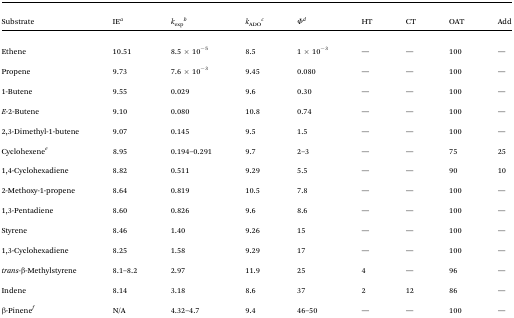
<table><thead><tr><td><b> Substrate </b></td><td><b> IE<sup><i>a</i></sup></b></td><td><b><i>k</i><sub>exp</sub><sup><i>b</i></sup></b></td><td><b><i>k</i><sub>ADO</sub><sup><i>c</i></sup></b></td><td><b><i>Φ</i><sup><i>d</i></sup></b></td><td><b> HT </b></td><td><b> CT </b></td><td><b> OAT </b></td><td><b> Add </b></td></tr></thead><tbody><tr><td> Ethene </td><td> 10.51 </td><td> 8.5 × 10<sup>–5</sup></td><td> 8.5 </td><td> 1 × 10<sup>–3</sup></td><td> — </td><td> — </td><td> 100 </td><td> — </td></tr><tr><td> Propene </td><td> 9.73 </td><td> 7.6 × 10<sup>–3</sup></td><td> 9.45 </td><td> 0.080 </td><td> — </td><td> — </td><td> 100 </td><td> — </td></tr><tr><td> 1-Butene </td><td> 9.55 </td><td> 0.029 </td><td> 9.6 </td><td> 0.30 </td><td> — </td><td> — </td><td> 100 </td><td> — </td></tr><tr><td><i>E</i>-2-Butene </td><td> 9.10 </td><td> 0.080 </td><td> 10.8 </td><td> 0.74 </td><td> — </td><td> — </td><td> 100 </td><td> — </td></tr><tr><td> 2,3-Dimethyl-1-butene </td><td> 9.07 </td><td> 0.145 </td><td> 9.5 </td><td> 1.5 </td><td> — </td><td> — </td><td> 100 </td><td> — </td></tr><tr><td> Cyclohexene<sup><i>e</i></sup></td><td> 8.95 </td><td> 0.194–0.291 </td><td> 9.7 </td><td> 2–3 </td><td> — </td><td> — </td><td> 75 </td><td> 25 </td></tr><tr><td> 1,4-Cyclohexadiene </td><td> 8.82 </td><td> 0.511 </td><td> 9.29 </td><td> 5.5 </td><td> — </td><td> — </td><td> 90 </td><td> 10 </td></tr><tr><td> 2-Methoxy-1-propene </td><td> 8.64 </td><td> 0.819 </td><td> 10.5 </td><td> 7.8 </td><td> — </td><td> — </td><td> 100 </td><td> — </td></tr><tr><td> 1,3-Pentadiene </td><td> 8.60 </td><td> 0.826 </td><td> 9.6 </td><td> 8.6 </td><td> — </td><td> — </td><td> 100 </td><td> — </td></tr><tr><td> Styrene </td><td> 8.46 </td><td> 1.40 </td><td> 9.26 </td><td> 15 </td><td> — </td><td> — </td><td> 100 </td><td> — </td></tr><tr><td> 1,3-Cyclohexadiene </td><td> 8.25 </td><td> 1.58 </td><td> 9.29 </td><td> 17 </td><td> — </td><td> — </td><td> 100 </td><td> — </td></tr><tr><td><i>trans</i>-β-Methylstyrene </td><td> 8.1–8.2 </td><td> 2.97 </td><td> 11.9 </td><td> 25 </td><td> 4 </td><td> — </td><td> 96 </td><td> — </td></tr><tr><td> Indene </td><td> 8.14 </td><td> 3.18 </td><td> 8.6 </td><td> 37 </td><td> 2 </td><td> 12 </td><td> 86 </td><td> — </td></tr><tr><td> β-Pinene<sup><i>f</i></sup></td><td> N/A </td><td> 4.32–4.7 </td><td> 9.4 </td><td> 46–50 </td><td> — </td><td> — </td><td> 100 </td><td> — </td></tr></tbody></table>